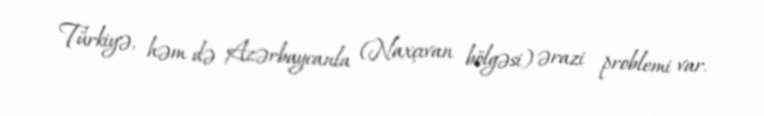
Türkiyə, həm də Azərbaycanla (Naxçıvan bölgəsi) ərazi problemi var.